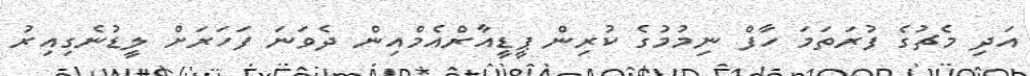
އަދި މެޗުގެ ފުރަތަމަ ހާފް ނިމުމުގެ ކުރިން ޕީޑީއާރްއެމްއިން ދެވަނަ ފަހަރަށް ލީޑުނެގިއިރު